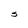
Character: s